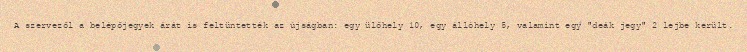
A szervezől a belépőjegyek árát is feltüntették az újságban: egy ülőhely 10, egy állóhely 5, valamint egy "deák jegy" 2 lejbe került.